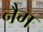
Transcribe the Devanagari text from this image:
नैग